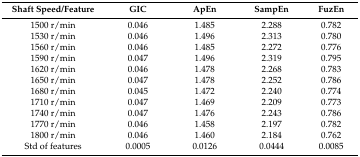
| Shaft Speed/Feature | GIC | ApEn | SampEn | FuzEn |
 | --- | --- | --- | --- | --- |
 | 1500 r/min | 0.046 | 1.485 | 2.288 | 0.782 |
 | 1530 r/min | 0.046 | 1.496 | 2.313 | 0.780 |
 | 1560 r/min | 0.046 | 1.485 | 2.272 | 0.776 |
 | 1590 r/min | 0.047 | 1.496 | 2.319 | 0.795 |
 | 1620 r/min | 0.046 | 1.478 | 2.268 | 0.783 |
 | 1650 r/min | 0.047 | 1.478 | 2.252 | 0.786 |
 | 1680 r/min | 0.045 | 1.472 | 2.240 | 0.774 |
 | 1710 r/min | 0.047 | 1.469 | 2.209 | 0.773 |
 | 1740 r/min | 0.047 | 1.476 | 2.243 | 0.786 |
 | 1770 r/min | 0.046 | 1.458 | 2.197 | 0.782 |
 | 1800 r/min | 0.046 | 1.460 | 2.184 | 0.762 |
 | Std of features | 0.0005 | 0.0126 | 0.0444 | 0.0085 |